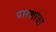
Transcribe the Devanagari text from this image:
पारशांचा